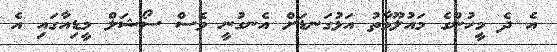
އެ ދެ މީހުންގެ މައުލޫމާތު އަޅުގަނޑަށް އެނގުނީ ވެސް ސޯޝަލް މީޑިއާގައި އެ